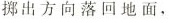
掷出方向落回地面.